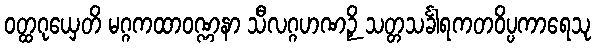
ဝတ္ထဂုယှေတိ မဂ္ဂကထာဝဏ္ဏနာ သီလဂ္ဂဟဏဉှိ သတ္တသင်္ခါရကတဝိပ္ပကာရေသု